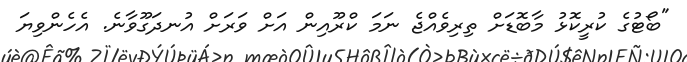
"ބޯޓުގެ ކުރީކޮޅު މާބޮޑަށް ތިިރިވެއްޖެ ނަމަ ކްރޫއިން އަށް ވަރަށް އުނދަގޫވާނެ. އެެހެންވިޔަ